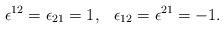
LaTeX: \begin{align*}\epsilon^{12}=\epsilon_{21}=1, \hskip .3truecm\epsilon_{12}=\epsilon^{21}=-1.\end{align*}